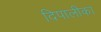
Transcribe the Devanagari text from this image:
दिपालीका